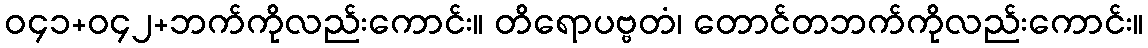
ဝ၄၁+ဝ၄၂+ဘက်ကိုလည်းကောင်း။ တိရောပဗ္ဗတံ၊ တောင်တဘက်ကိုလည်းကောင်း။